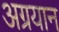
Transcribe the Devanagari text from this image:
अग्रयान